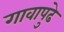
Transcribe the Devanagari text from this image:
गावापुढे